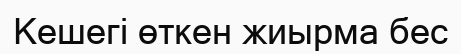
Кешегі өткен жиырма бес